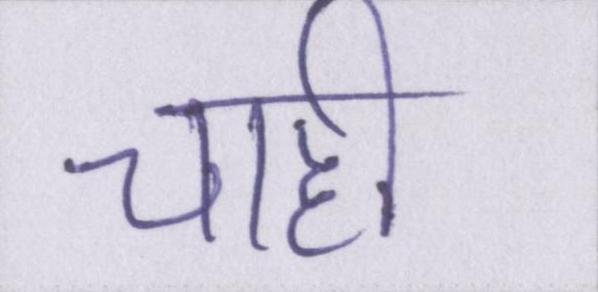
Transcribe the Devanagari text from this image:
चाही